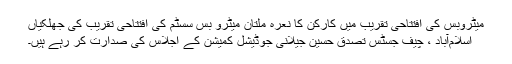
میٹروبس کی افتتاحی تقریب میں کارکن کا نعرہ ملتان میٹرو بس سسٹم کی افتتاحی تقریب کی جھلکیاں
اسلام‌آباد ، چیف جسٹس تصدق حسین جیلانی جوڈیشل کمیشن کے اجلاس کی صدارت کر رہے ہیں۔